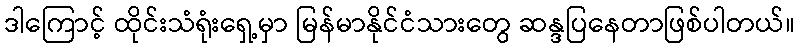
ဒါကြောင့် ထိုင်းသံရုံးရှေ့မှာ မြန်မာနိုင်ငံသားတွေ ဆန္ဒပြနေတာဖြစ်ပါတယ်။